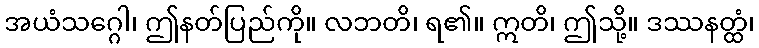
အယံသဂ္ဂေါ၊ ဤနတ်ပြည်ကို။ လဘတိ၊ ရ၏။ ဣတိ၊ ဤသို့။ ဒဿနတ္ထံ၊